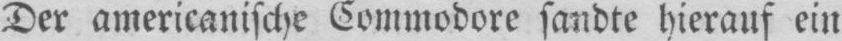
Der americanische Commodore sandte hierauf ein